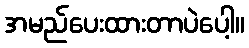
အမည်ပေးထားတာပဲပေါ့။